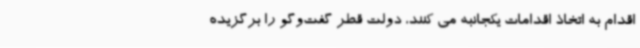
اقدام به اتخاذ اقدامات یکجانبه می کنند، دولت قطر گفت‌وگو را برگزیده